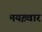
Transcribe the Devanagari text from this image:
मयख़्वार